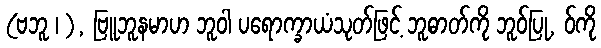
(ဗဘူ ၊ ), ဗြူဘူနမာဟ ဘူဝါ ပရောက္ခာယံသုတ်ဖြင့် ဘူဓာတ်ကို ဘူဝ်ပြု, ဝ်ကို